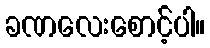
ခဏလေးစောင့်ပါ။